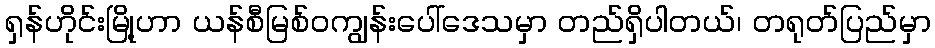
ရှန်ဟိုင်းမြို့ဟာ ယန်စီမြစ်ဝကျွန်းပေါ်ဒေသမှာ တည်ရှိပါတယ်၊ တရုတ်ပြည်မှာ